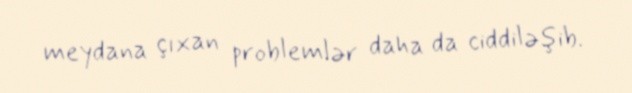
meydana çıxan problemlər daha da ciddiləşib.